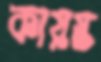
কায়স্ত